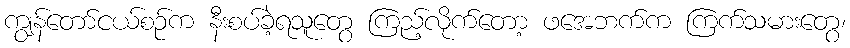
ကျွန်တော်ငယ်စဉ်က နီးစပ်ခဲ့ရသူတွေ ကြည့်လိုက်တော့ ဖအေဘက်က ကြက်သမားတွေ၊